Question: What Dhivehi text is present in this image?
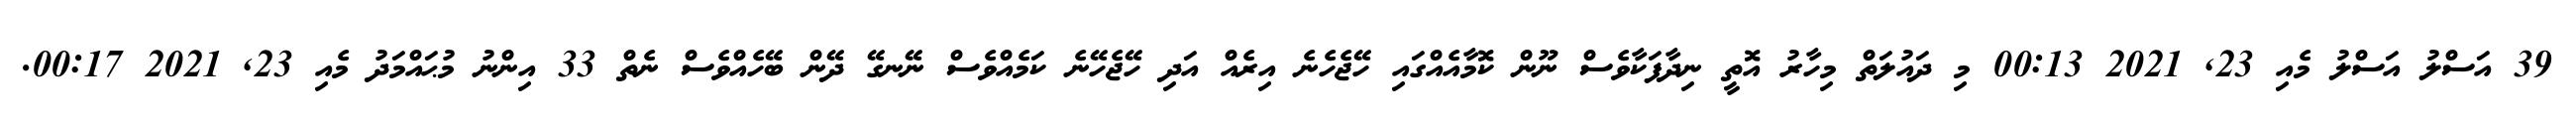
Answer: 39 އަސްލު އަސްލު މެއި 23, 2021 00:13 މި ދައުލަތް މިހާރު އޮތީ ނިދާފަކާވެސް ނޫން ކޮމާއެއްގައި ހޭޖެހެނެ އިރެއް އަދި ހޭޖެހޭނެ ކަމެއްވެސް ނޭނގޭ ދޭން ބޭހެއްވެސް ނެތް 33 އިންނު މުޙައްމަދު މެއި 23, 2021 00:17.